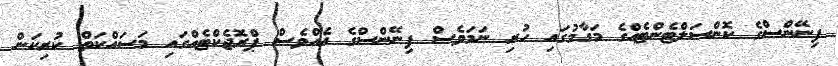
ފިނޭންސްގެ ކޮންސަލްޓެންޓެއްގެ މަގާމުގައި ހުރި ނަމަވެސް ފިނޭންސްގެ އެއްވެސް ޕްރޮޖެކްޓެއްގައި މަސައްކަތް ކުރިކަން